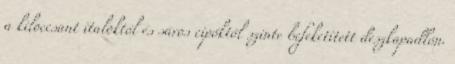
a kiloccsant italoktól és sáros cipőktől szinte befeketített deszkapadlón.